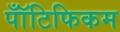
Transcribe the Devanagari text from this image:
पॉँटिफिकम